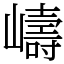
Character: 嶹